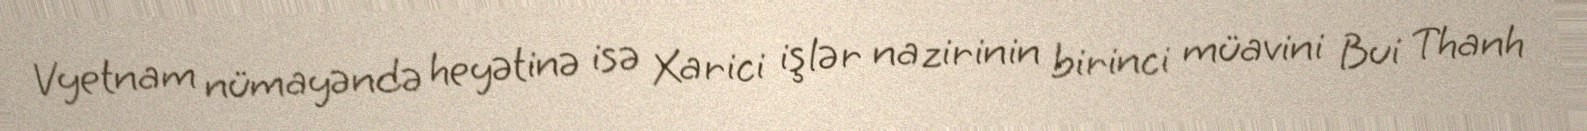
Vyetnam nümayəndə heyətinə isə Xarici işlər nazirinin birinci müavini Bui Thanh